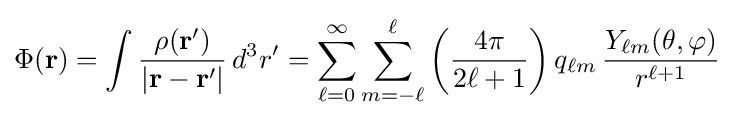
\Phi (\mathbf {r} )=\int {\frac {\rho (\mathbf {r'} )}{|\mathbf {r} -\mathbf {r'} |}}\,d^{3}r'=\sum _{\ell =0}^{\infty }\sum _{m=-\ell }^{\ell }\left({\frac {4\pi }{2\ell +1}}\right)q_{\ell m}\,{\frac {Y_{\ell m}(\theta ,\varphi )}{r^{\ell +1}}}